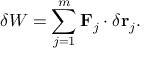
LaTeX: \delta W = \sum _ { j = 1 } ^ { m } \mathbf { F } _ { j } \cdot \delta \mathbf { r } _ { j } .